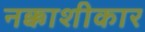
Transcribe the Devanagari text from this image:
नक्काशीकार